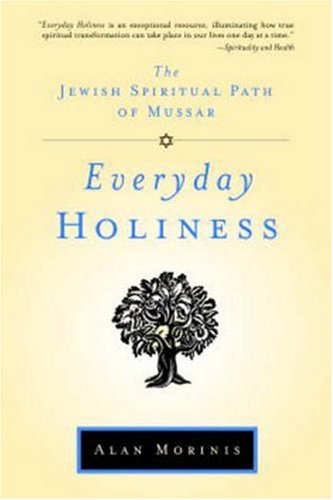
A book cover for Everyday Holiness: The Jewish Spiritual Path of Mussar; Alan Morinis; Religion & Spirituality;